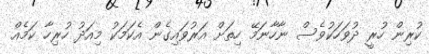
ކުރިން ހުރީ ދުވަހަކުވެސް ނާހާނަމޭ ހިތަށް އަރުވައިގެން އެކަމަކު މިއަދު ހުރިހާ ކަމެއް